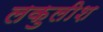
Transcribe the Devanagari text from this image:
लकुलीश